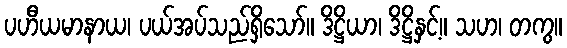
ပဟီယမာနာယ၊ ပယ်အပ်သည်ရှိသော်။ ဒိဋ္ဌိယာ၊ ဒိဋ္ဌိနှင့်။ သဟ၊ တကွ။